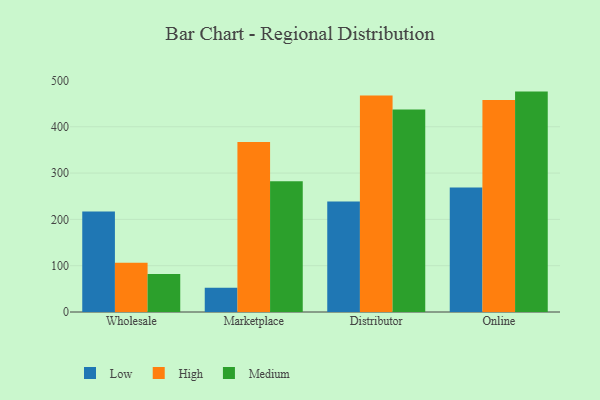
{"axis": {"x": "Channel", "y": "Latency (ms)"}, "legend": ["High", "Low", "Medium"], "data": [{"x": "Wholesale", "y": 216.8, "type": "Low"}, {"x": "Wholesale", "y": 106.1, "type": "High"}, {"x": "Wholesale", "y": 82.0, "type": "Medium"}, {"x": "Marketplace", "y": 52.5, "type": "Low"}, {"x": "Marketplace", "y": 367.3, "type": "High"}, {"x": "Marketplace", "y": 282.1, "type": "Medium"}, {"x": "Distributor", "y": 238.5, "type": "Low"}, {"x": "Distributor", "y": 467.6, "type": "High"}, {"x": "Distributor", "y": 437.4, "type": "Medium"}, {"x": "Online", "y": 268.8, "type": "Low"}, {"x": "Online", "y": 457.6, "type": "High"}, {"x": "Online", "y": 475.9, "type": "Medium"}]}